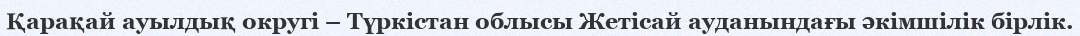
Қарақай ауылдық округі – Түркістан облысы Жетісай ауданындағы әкімшілік бірлік.